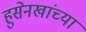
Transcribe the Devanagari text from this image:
हुसेनखांच्या